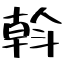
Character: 斡